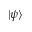
\mathinner { | { \psi } \rangle }